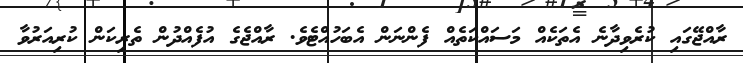
ރާއްޖޭގައި ކުރެވިދާނެ އެތަކެއް މަސައްކަތެއް ފެންނަން އެބަހުއްޓެވެ. ރާއްޖެގެ އުފެއްދުން ތެރިކަން ކުރިއަރުވާ